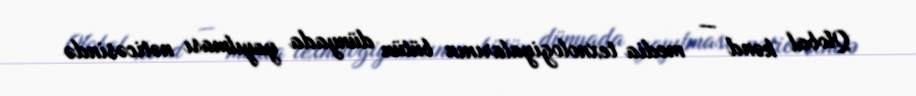
Qlobal kənd — media texnologiyalarının bütün dünyada yayılması nəticəsində